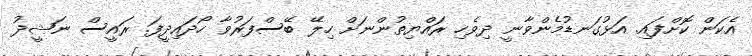
އެކަން ކޮށްފައި. އަޅުގަނޑުމެންވާނީ ދިވެހި ރައްޔިތުންނަށް ހިލޭ ބޭސްފަރުވާ ހޯދައިދީފަ. ރައީސް ނަޝީދު